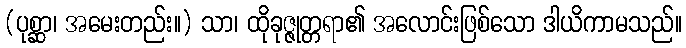
(ပုစ္ဆာ၊ အမေးတည်း။) သာ၊ ထိုခုဇ္ဇုတ္တရာ၏ အလောင်းဖြစ်သော ဒါယိကာမသည်။